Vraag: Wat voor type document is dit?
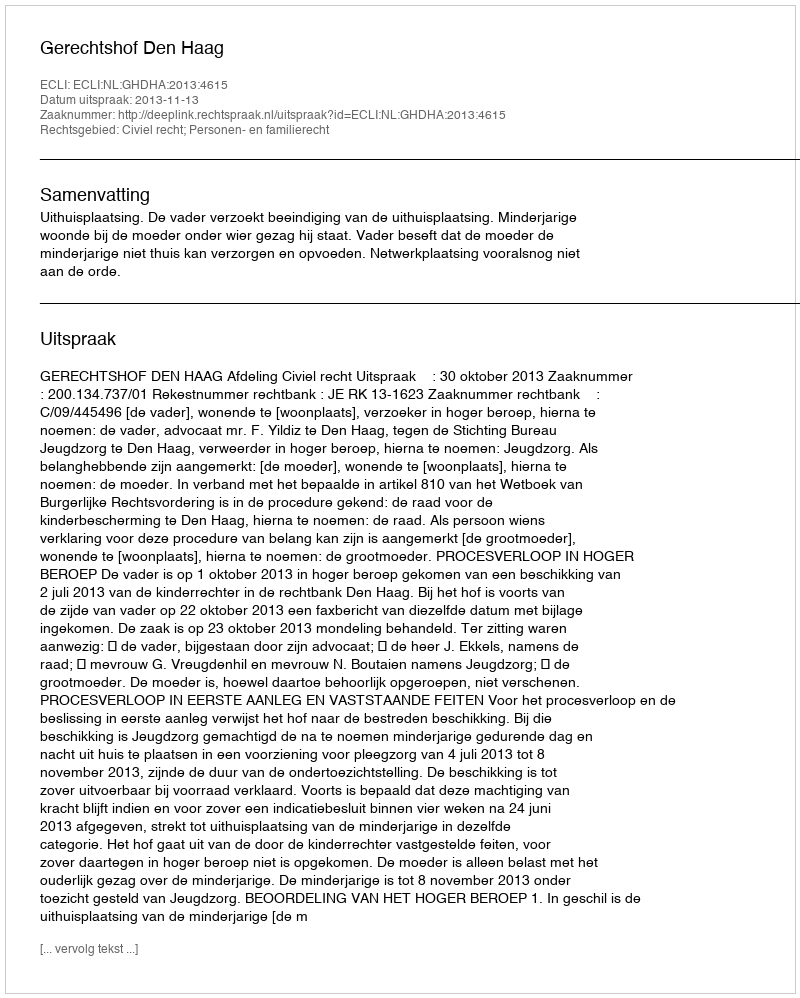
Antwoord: Uitspraak